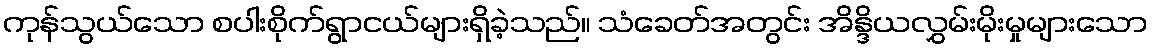
ကုန်သွယ်သော စပါးစိုက်ရွာငယ်များရှိခဲ့သည်။ သံခေတ်အတွင်း အိန္ဒိယလွှမ်းမိုးမှုများသော